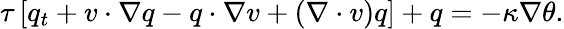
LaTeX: \tau\left[q_{t}+v\cdot\nabla q-q\cdot\nabla v+(\nabla\cdot v)q\right]+q=-\kappa\nabla\theta.